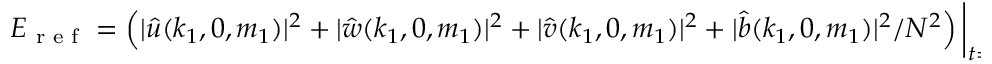
E _ { \textnormal { r e f } } = \left( | \hat { u } ( k _ { 1 } , 0 , m _ { 1 } ) | ^ { 2 } + | \hat { w } ( k _ { 1 } , 0 , m _ { 1 } ) | ^ { 2 } + | \hat { v } ( k _ { 1 } , 0 , m _ { 1 } ) | ^ { 2 } + | \hat { b } ( k _ { 1 } , 0 , m _ { 1 } ) | ^ { 2 } / N ^ { 2 } \right) \bigg | _ { t = 0 }